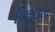
ખિજડાના